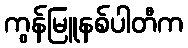
ကွန်မြူနစ်ပါတီက